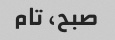
صبح، تام